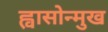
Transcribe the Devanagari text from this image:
ह्वासोन्मुख